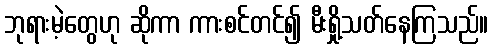
ဘုရားမဲ့တွေဟု ဆိုကာ ကားစင်တင်၍ မီးရှို့သတ်နေကြသည်။